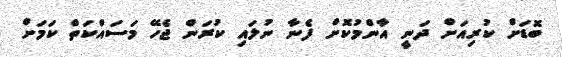
ބޮޑަށް ކުރިއަށް ދަނީ އާންމުކޮށް ފެނާ ނުލައި ކުރަން ޖެހޭ މަސައްކަތް ކަމަށް